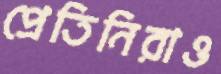
প্রেতিনিরাও